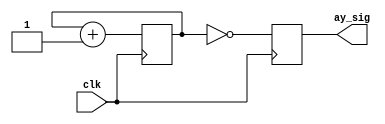
`timescale 1ns / 1ps
//////////////////////////////////////////////////////////////////////////////////
// Company: 
// Engineer: 
// 
// Design Name: 
// Module Name: ay_clock_div
// Project Name: 
// Target Devices: 
// Tool Versions: 
// Description: 
// 
// Dependencies: 
// 
// Revision:
// Revision 0.01 - File Created
// Additional Comments:
// 
//////////////////////////////////////////////////////////////////////////////////


module ay_clock_div(
    input clk,
    output reg ay_sig
    );
    
    reg  [4:0] counter;
    
    
    
    initial
    begin
        counter<=0;
    end
    
    always @(posedge clk)
    begin
        counter<=counter+1'd1;
        ay_sig<=!counter;
    end
    
endmodule